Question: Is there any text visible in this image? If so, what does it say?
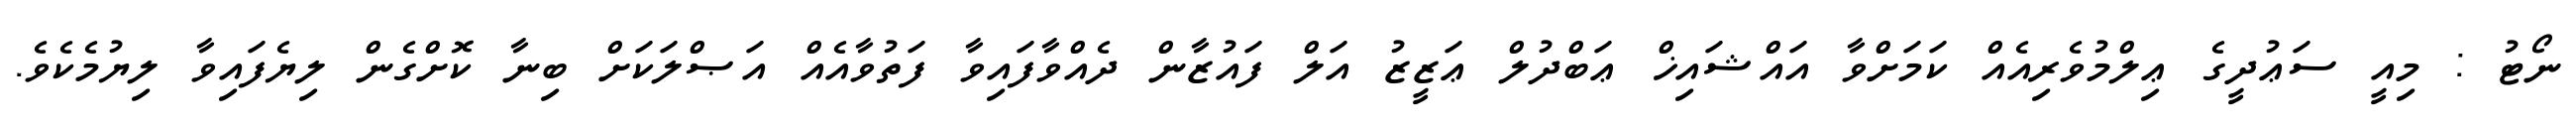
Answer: ނޯޓު : މިއީ ސަޢުދީގެ ޢިލްމުވެރިއެއް ކަމަށްވާ އައްޝައިޚް ޢަބްދުލް ޢަޒީޒު އަލް ފައުޒާން ދެއްވާފައިވާ ފަތުވާއެއް އަޞްލަކަށް ބިނާ ކޮށްގެން ލިޔެފައިވާ ލިޔުމެކެވެ.